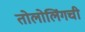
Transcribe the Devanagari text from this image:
तोलोलिंगची